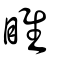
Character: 睢